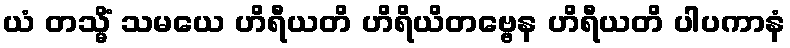
ယံ တသ္မိံ သမယေ ဟိရီယတိ ဟိရိယိတဗ္ဗေန ဟိရီယတိ ပါပကာနံ